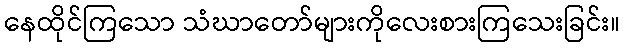
နေထိုင်ကြသော သံဃာတော်များကိုလေးစားကြသေးခြင်း။